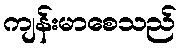
ကျန်းမာစေသည်